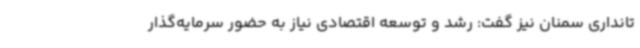
تانداری سمنان نیز گفت: رشد و توسعه اقتصادی نیاز به حضور سرمایه‌گذار